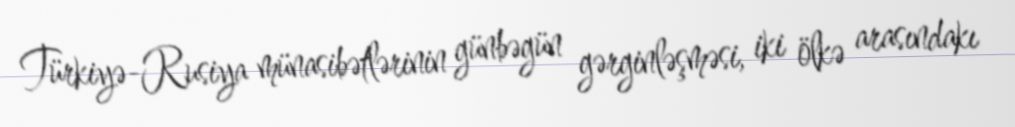
Türkiyə-Rusiya münasibətlərinin günbəgün gərginləşməsi, iki ölkə arasındakı